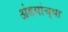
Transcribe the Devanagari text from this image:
अंडयांच्या